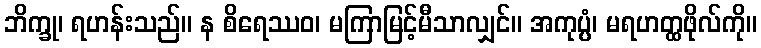
ဘိက္ခု၊ ရဟန်းသည်။ န စိရေဿဝ၊ မကြာမြင့်မီသာလျှင်။ အကုပ္ပံ၊ မရဟတ္ထဖိုလ်ကို။